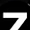
Digit: 7